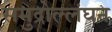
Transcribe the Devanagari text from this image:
समुद्रोल्लंघन